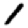
Digit: 1